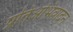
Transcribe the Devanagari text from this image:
प्रतिअभिवादन